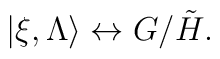
|\xi, \Lambda \rangle \leftrightarrow G/\tilde H .